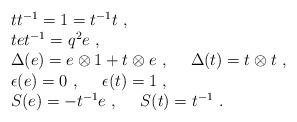
LaTeX: \begin{align*}\begin{array}{rcl}& &tt^{-1}=1=t^{-1}t~,\\& &tet^{-1}=q^2e~,\\& &\Delta(e)=e\otimes 1+t\otimes e~,~~~~\Delta(t)=t\otimes t~,\\& &\epsilon(e)=0~,~~~~\epsilon(t)=1~,\\& &S(e)=-t^{-1}e~,~~~~S(t)=t^{-1}~.\end{array}\end{align*}